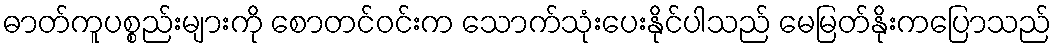
ဓာတ်ကူပစ္စည်းများကို စောတင်ဝင်းက သောက်သုံးပေးနိုင်ပါသည် မေမြတ်နိုးကပြောသည်